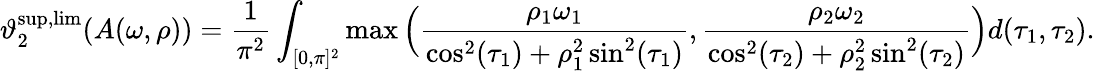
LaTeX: \vartheta_{2}^{\operatorname*{sup},\operatorname*{lim}}(A(\omega,\rho))=\frac{1}{\pi^{2}}\int_{[0,\pi]^{2}}\operatorname*{max}\Big(\frac{\rho_{1}\omega_{1}}{\cos^{2}(\tau_{1})+\rho_{1}^{2}\sin^{2}(\tau_{1})},\frac{\rho_{2}\omega_{2}}{\cos^{2}(\tau_{2})+\rho_{2}^{2}\sin^{2}(\tau_{2})}\Big)d(\tau_{1},\tau_{2}).